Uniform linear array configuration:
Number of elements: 4
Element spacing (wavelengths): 1
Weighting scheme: kaiser
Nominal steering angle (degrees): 15
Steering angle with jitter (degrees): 14.499
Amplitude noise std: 0.05
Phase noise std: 0.05

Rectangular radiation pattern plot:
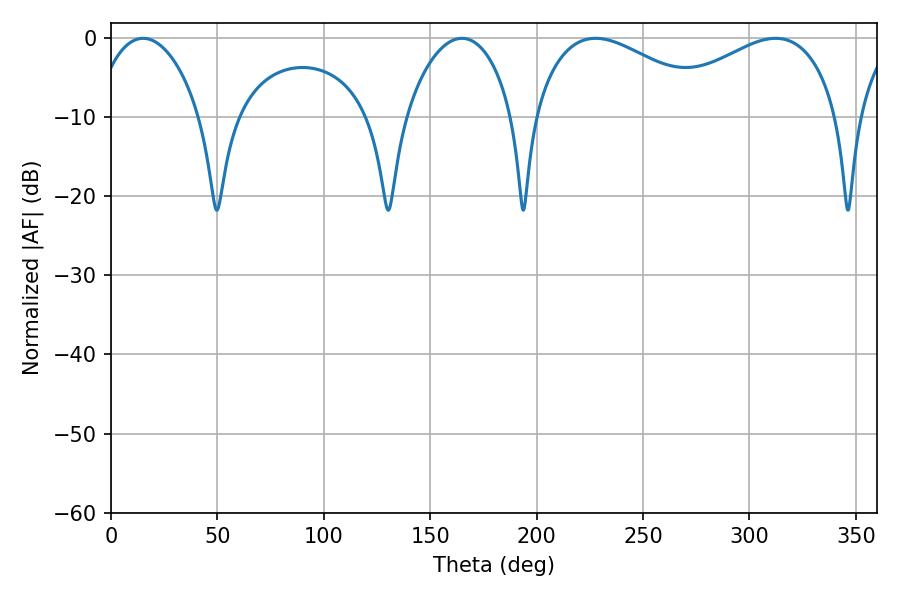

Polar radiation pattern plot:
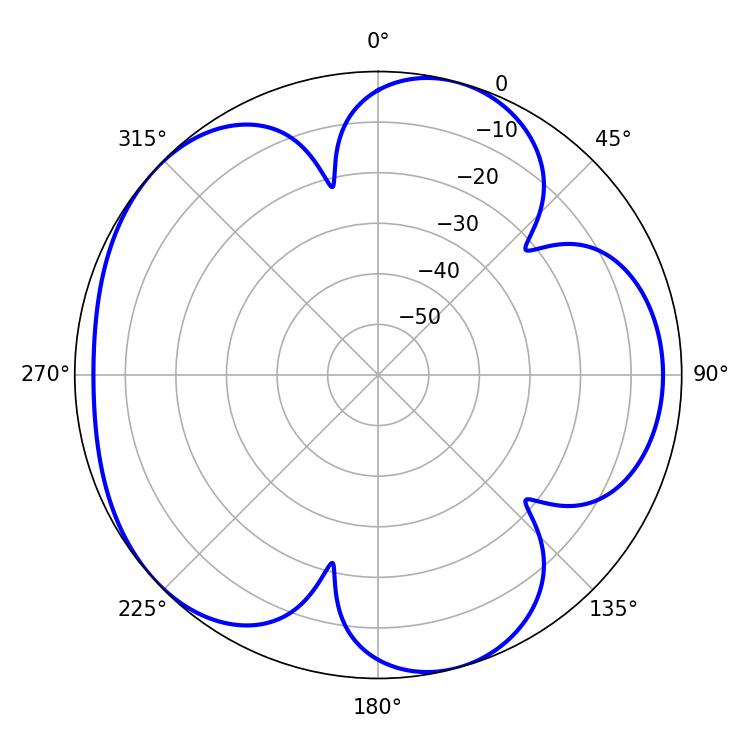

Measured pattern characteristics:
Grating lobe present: TRUE
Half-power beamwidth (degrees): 47.52
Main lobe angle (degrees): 227.7